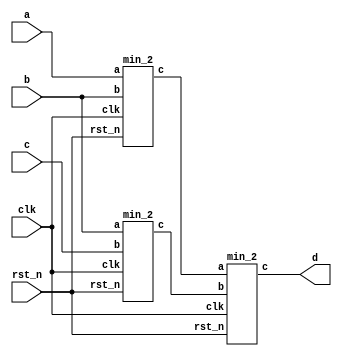
`timescale 1ns/1ns
module main_mod(
	input clk,
	input rst_n,
	input [7:0]a,
	input [7:0]b,
	input [7:0]c,
	
	output [7:0]d
);
	wire [7:0] u1_output;
	wire [7:0] u2_output;
	reg [7:0] delay_data;
	min_2 u1(
		.clk(clk),
		.rst_n(rst_n),
		.a(a),
		.b(b),
		.c(u1_output)
		);

	min_2 u2(
		.clk(clk),
		.rst_n(rst_n),
		.a(b),
		.b(c),
		.c(u2_output)
		);

	min_2 u3(
		.clk(clk),
		.rst_n(rst_n),
		.a(u1_output),
		.b(u2_output),
		.c(d)
		);

	

endmodule



module min_2(
	input clk,
	input rst_n,
	input [7:0]a,
	input [7:0]b,

	output reg [7:0]c
);
always@(posedge clk or negedge rst_n)begin
	if(!rst_n)c<=0;
	else begin
		c<= (a>b) ?b :a;
	end
end


endmodule